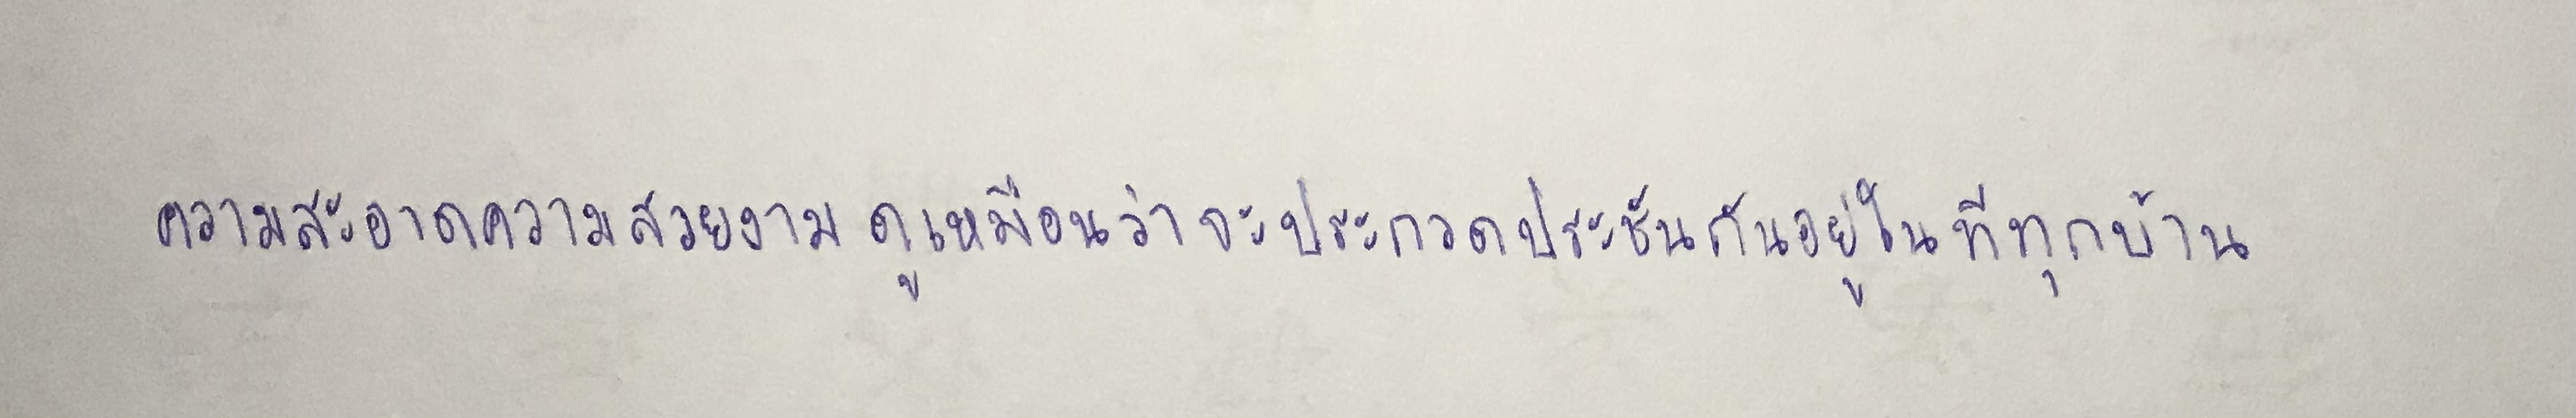
ความสะอาดความสวยงามดูเหมือนว่าจะประกวดประชันกันอยู่ในทีทุกบ้าน